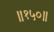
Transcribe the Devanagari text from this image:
॥१५०॥